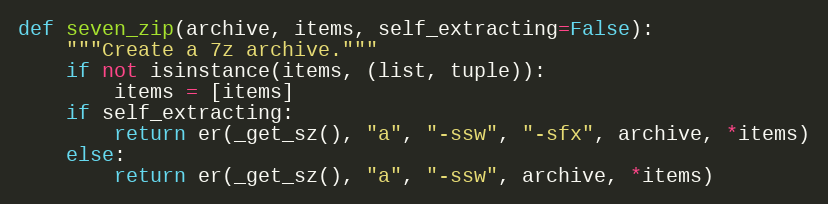
Language: Python
def seven_zip(archive, items, self_extracting=False):
    """Create a 7z archive."""
    if not isinstance(items, (list, tuple)):
        items = [items]
    if self_extracting:
        return er(_get_sz(), "a", "-ssw", "-sfx", archive, *items)
    else:
        return er(_get_sz(), "a", "-ssw", archive, *items)